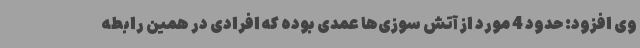
وی افزود: حدود 4 مورد از آتش سوزی‌ها عمدی بوده که افرادی در همین رابطه